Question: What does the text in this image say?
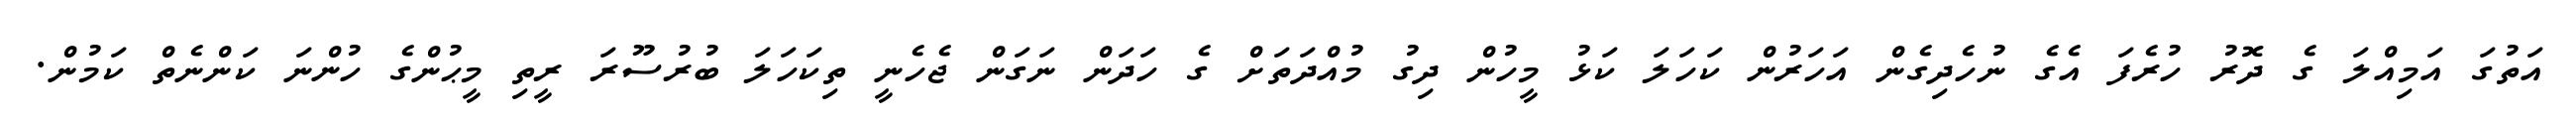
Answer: އަތުގަ އަމިއްލަ ގެ ދޮރު ހުރެފަ އެގެ ނުހެދިގެން އަހަރުން ކަހަލަ ކަޅު މީހުން ދިގު މުއްދަތަށް ގެ ހަދަން ނަގަން ޖެހެނީ ތިކަހަލަ ބުރުސޫރަ ރީތި މީޙުންގެ ހުންނަ ކަންނެތް ކަމުން.